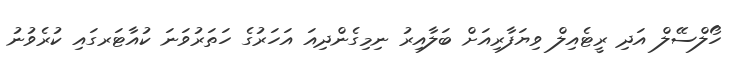
ހޯލްސޭލް އަދި ރީޓެއިލް ވިޔަފާރިއަށް ބަލާއިރު ނިމިގެންދިއަ އަހަރުގެ ހަތަރުވަނަ ކުއާޓަރގައި ކުރެވުނު